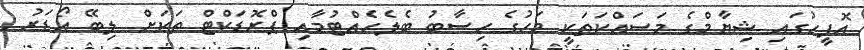
އޮފީހުގައި ޝިޔާމްގެ މަސައްކަތަކީ މަހުގެ ހިސާބު ބެލެހެއްޓުމާއި ޕްރޮޑަކްޓް ތަކަށް ލިބޭ އޯޑަރު